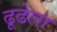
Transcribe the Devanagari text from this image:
ढूढेला